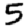
Digit: 5